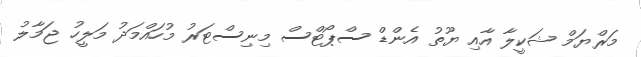
މަރްޔަމް ޝަކީލާ އާއި ޔޫތު އެންޑް ސްޕޯޓްސް މިނިސްޓަރު މުހައްމަދު މަލީހު ޖަމާލު